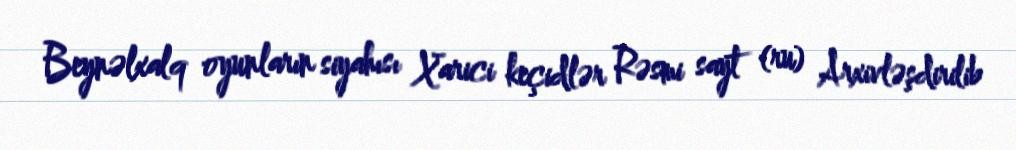
Beynəlxalq oyunların siyahısı Xarici keçidlər Rəsmi sayt (ru) Arxivləşdirilib